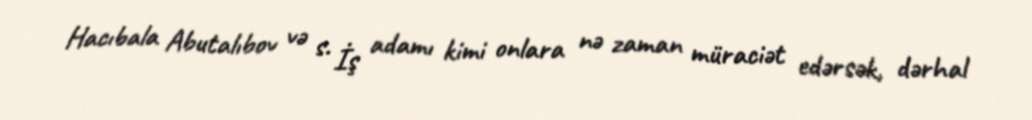
Hacıbala Abutalıbov və s. İş adamı kimi onlara nə zaman müraciət edərsək, dərhal